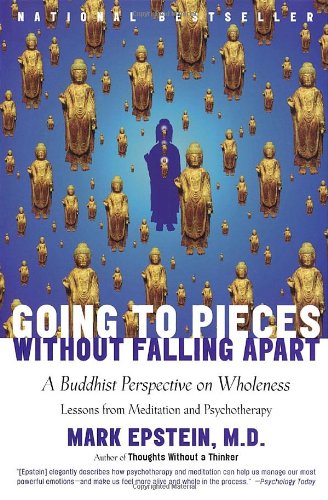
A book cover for Going to Pieces without Falling Apart: A Buddhist Perspective on Wholeness; Mark Epstein; Politics & Social Sciences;